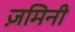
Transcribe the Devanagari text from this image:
ज़मिनी